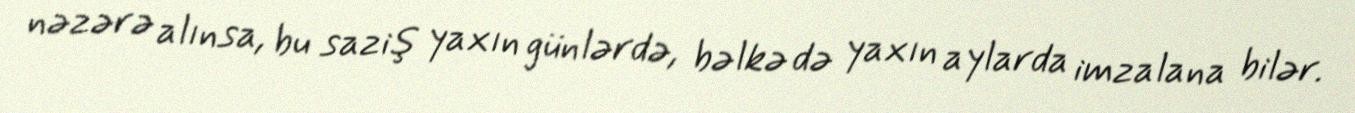
nəzərə alınsa, bu saziş yaxın günlərdə, bəlkə də yaxın aylarda imzalana bilər.